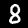
Digit: 8